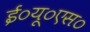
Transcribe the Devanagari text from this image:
ई०यू०एस०